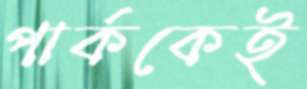
পার্ককেই